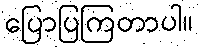
ပြောပြကြတာပါ။